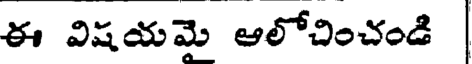
ఈ విషయమె ఆలోచించండి |